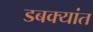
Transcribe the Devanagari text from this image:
डबक्यांत